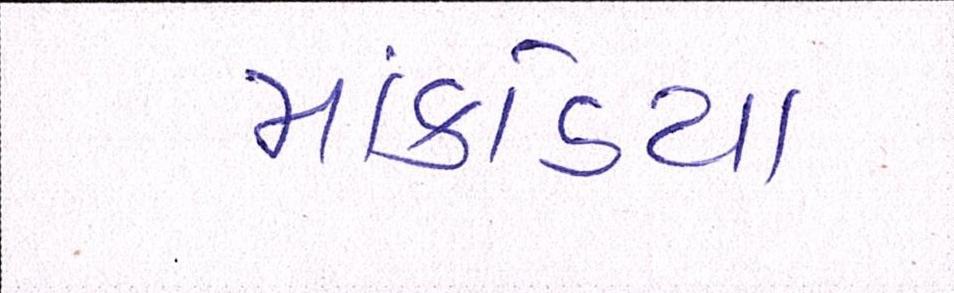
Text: માંકડિયા